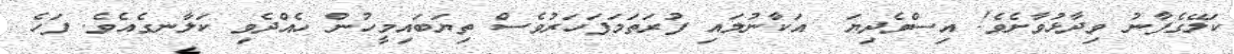
ކަލޭގެފާނު ވިދާޅުވާށެވެ! އިސްވެދިޔަ  އަކާނުލައި ފުރަތަމަފަހަރުވެސް ތިޔަބައިމީހުން ހެއްދެވި ކަލާނގެއެވެ. ފަހެ